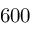
6 0 0